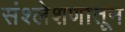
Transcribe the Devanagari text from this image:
संश्लेशणातून